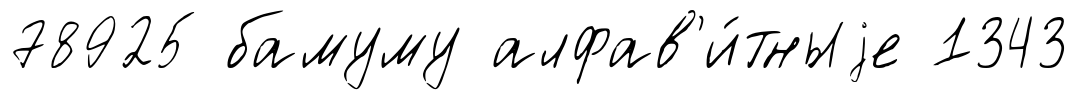
78925 бамуму алфав'и́тныjе 1343